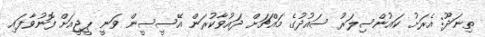
ތިނަދޫ: އެރަށު ކައުންސިލަރު ސައުދުގެ މައްޗަށް ދައުވާކުރަން އޭސީސީން ވަނީ ޕީޖީއަށް ފޮނުވާފައި